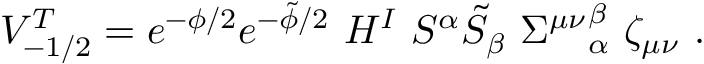
V _ { - 1 / 2 } ^ { T } = e ^ { - \phi / 2 } e ^ { - \tilde { \phi } / 2 } ~ H ^ { I } ~ S ^ { \alpha } \tilde { S } _ { \beta } ~ { \Sigma ^ { \mu \nu } } _ { \alpha } ^ { \beta } ~ \zeta _ { \mu \nu } \ .